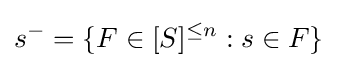
s^{-}=\{F\in [S]^{\leq n}:s\in F\}